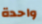
واحدة